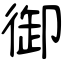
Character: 御